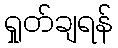
ရှုတ်ချရန်